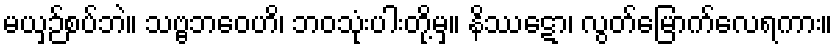
မယှဉ်စပ်ဘဲ။ သဗ္ဗဘဝေဟိ၊ ဘဝသုံးပါးတို့မှ။ နိဿဋော၊ လွတ်မြောက်လေရကား။